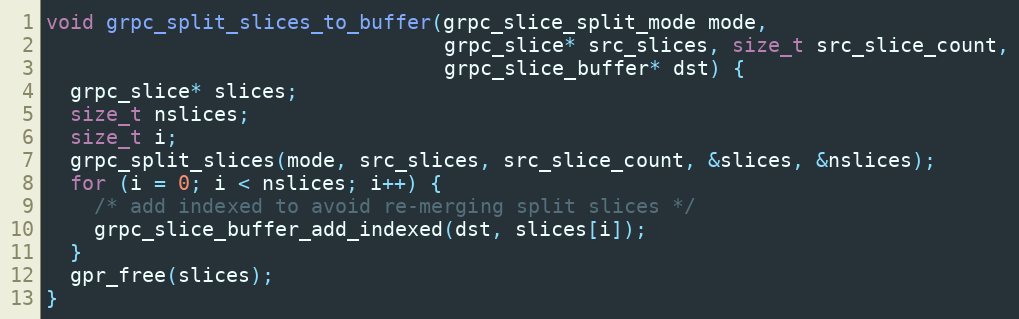
Language: C++
void grpc_split_slices_to_buffer(grpc_slice_split_mode mode,
                                 grpc_slice* src_slices, size_t src_slice_count,
                                 grpc_slice_buffer* dst) {
  grpc_slice* slices;
  size_t nslices;
  size_t i;
  grpc_split_slices(mode, src_slices, src_slice_count, &slices, &nslices);
  for (i = 0; i < nslices; i++) {
    /* add indexed to avoid re-merging split slices */
    grpc_slice_buffer_add_indexed(dst, slices[i]);
  }
  gpr_free(slices);
}